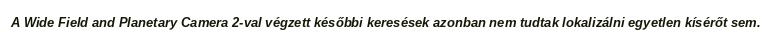
A Wide Field and Planetary Camera 2-val végzett későbbi keresések azonban nem tudtak lokalizálni egyetlen kísérőt sem.